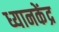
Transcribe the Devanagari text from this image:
ध्यानकेंद्र